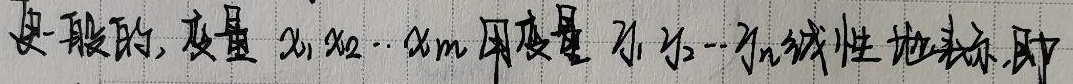
更一般的, 变量$x_1,x_2,\cdots,x_m$用变量$y_1,y_2,\cdots,y_n$线性地表示, 即